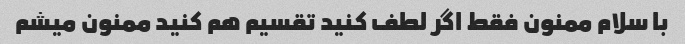
با سلام ممنون فقط اگر لطف کنید تقسیم هم کنید ممنون میشم